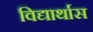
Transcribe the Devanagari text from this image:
विद्यार्थास